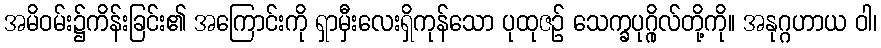
အမိဝမ်း၌ကိန်းခြင်း၏ အကြောင်းကို ရှာမှီးလေးရှိကုန်သော ပုထုဇဉ် သေက္ခပုဂ္ဂိုလ်တို့ကို။ အနုဂ္ဂဟာယ ဝါ၊